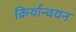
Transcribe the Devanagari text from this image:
क्रिर्यान्वयन